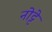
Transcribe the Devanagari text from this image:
नोट्टे